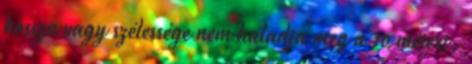
hossza vagy szélessége nem haladja meg a 10 métert,